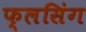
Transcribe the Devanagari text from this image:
फ्लसिंग